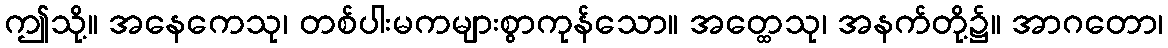
ဤသို့။ အနေကေသု၊ တစ်ပါးမကများစွာကုန်သော။ အတ္ထေသု၊ အနက်တို့၌။ အာဂတော၊